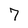
Character: 7